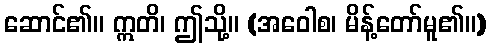
ဆောင်၏။ ဣတိ၊ ဤသို့။ (အဝေါစ၊ မိန့်တော်မူ၏။)